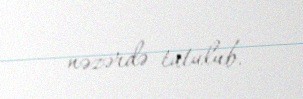
nəzərdə tutulub.